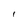
Character: 1